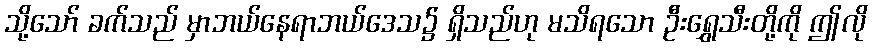
သို့သော် ခက်သည် မှာဘယ်နေရာဘယ်ဒေသ၌ ရှိသည်ဟု မသိရသော ဦးရွှေသီးတို့ကို ဤလို